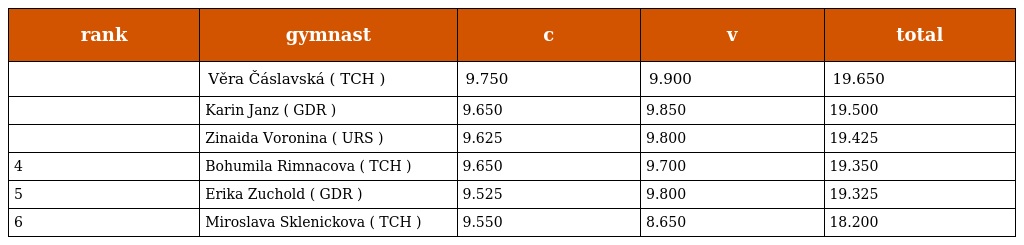
| rank | gymnast | c | v | total |
 | --- | --- | --- | --- | --- |
 |  | Věra Čáslavská ( TCH ) | 9.750 | 9.900 | 19.650 |
 |  | Karin Janz ( GDR ) | 9.650 | 9.850 | 19.500 |
 |  | Zinaida Voronina ( URS ) | 9.625 | 9.800 | 19.425 |
 | 4 | Bohumila Rimnacova ( TCH ) | 9.650 | 9.700 | 19.350 |
 | 5 | Erika Zuchold ( GDR ) | 9.525 | 9.800 | 19.325 |
 | 6 | Miroslava Sklenickova ( TCH ) | 9.550 | 8.650 | 18.200 |